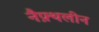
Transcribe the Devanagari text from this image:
नैफ़्थलीन